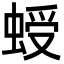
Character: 𧌅